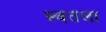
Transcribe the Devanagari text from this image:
स्वतला